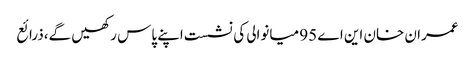
عمران خان این اے 95 میانوالی کی نشست اپنے پاس رکھیں گے،ذرائع